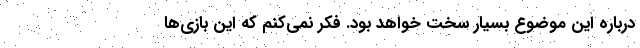
درباره این موضوع بسیار سخت خواهد بود. فکر نمی‌کنم که این بازی‌ها